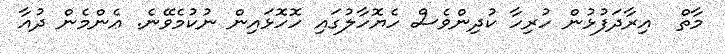
މާތް  އިރާދަފުޅުން ހުރިހާ ކުދިންވެސް ހެޔޮހާލުގައި ހޮހޮޅައިން ނުކުމެވޭނެ. ޢެންމެން ދުއާ